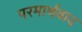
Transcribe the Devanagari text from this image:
परमार्थवाद